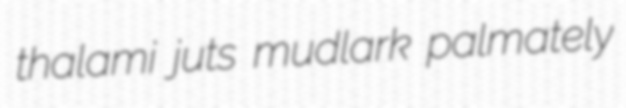
thalami juts mudlark palmately